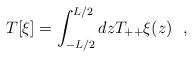
LaTeX: \begin{align*}T[\xi]=\int_{-L/2}^{L/2}dz T_{++}\xi (z)~~,\end{align*}